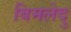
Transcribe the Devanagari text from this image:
बिमलेदु